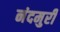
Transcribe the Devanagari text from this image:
नंदमुरी